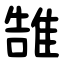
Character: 䧼